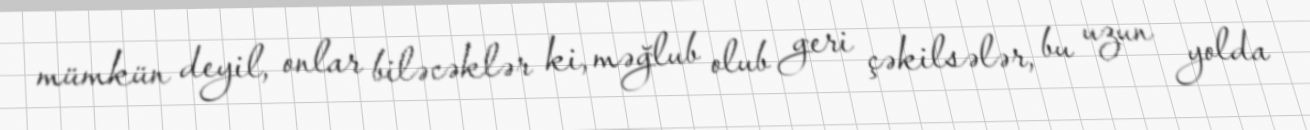
mümkün deyil, onlar biləcəklər ki, məğlub olub geri çəkilsələr, bu uzun yolda